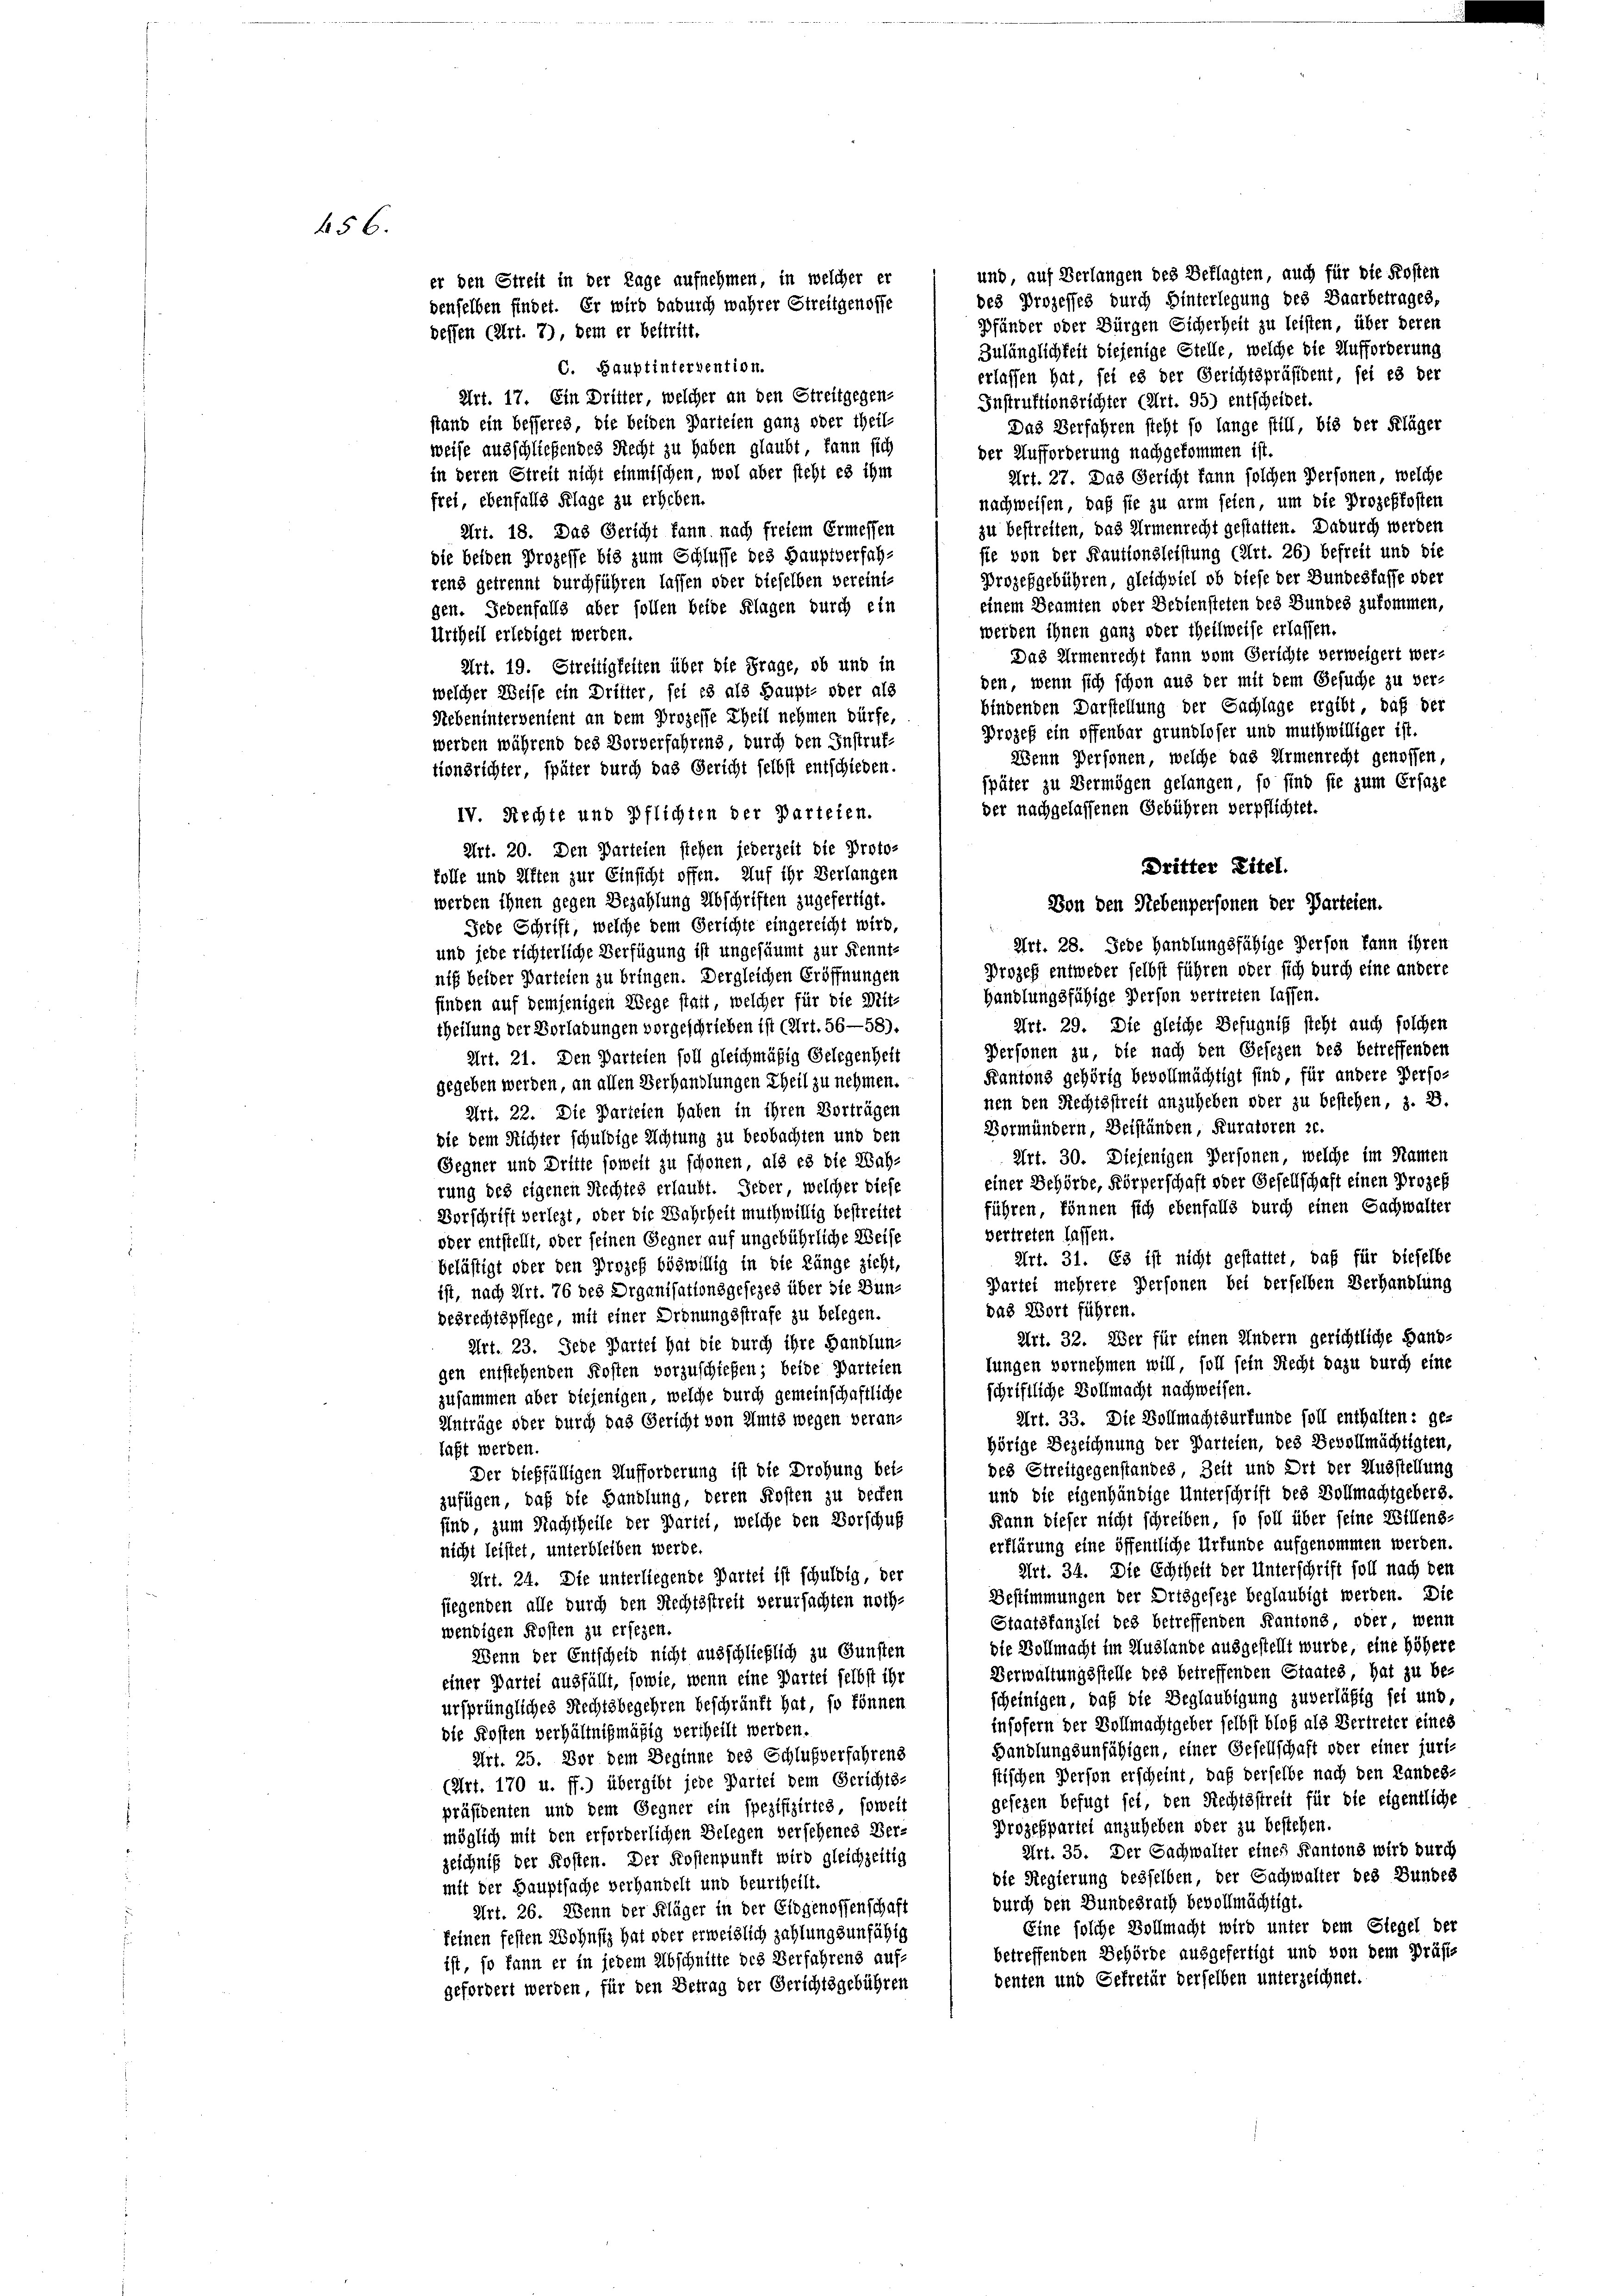
456

und, auf Verlangen des Beklagten, auch für die Kosten
er den Streit in der Tage aufnehmen, in welcher er
des Prozesses durch Hinterlegung des Baarbetrages,
denselben findet. Er wird dadurch wahrer Streitgenosse
Pfänder oder Bürgen Eicherheit zu leisten, über deren
dessen (Art. 7), dem er bestritt.
Zulänglichkeit diejenige Stelle, welche die Aufforderung
C. Hauptintervention.
erlassen hat, sei es der Gerichtspräsident, sei es der
Art. 17. Ein Dritter, welcher an den Streitgegen-
Instruktionsrichter (Art. 95) entscheidet.
stand ein besseres, die beiden Parteien ganz oder theil-
Das Verfahren steht so lange still, bis der Kläger
weise ausschließendes Recht zu haben glaubt, kann sich
der Aufforderung nachgekommen ist.
in deren Streit nicht einmischen, wol aber steht es ihm
Art. 27. Das Gericht kann solchen Personen, welche
frei, ebenfalls Klage zu erheben.
nachweisen, daß sie zu arm seien, um die Prozeßkosten
zu bestreiten, das Armenrecht gestatten. Dadurch werden
Art. 18. Das Gericht kann nach freiem Ermessen
ste von der Kautionsleistung (Art. 26) befreit und die
die beiden Prozesse bis zum Schlusse des Hauptverfah-
Prozesgebühren, gleichviel ob diese der Bundesfasse oder
rens getrennt durchführen lassen oder dieselben vereini-
einem Beamten oder Bediensteten des Bundes zukommen,
gen. Jedenfalls aber sollen beide Klagen durch ein
werden ihnen ganz oder theilweise erlassen.
Urtheil erlediget werden.
Das Armenrecht kann vom Gerichte verweigert wer¬
Art. 19. Streitigkeiten über die Frage, ob und in
den, wenn sich schon aus der mit dem Gesuche zu ver-
welcher Weise ein Dritter sei es als Haupt- oder als
bindenden Darstellung der Sachlage ergibt, daß der
Rebenintervenient an dem Prozesse Theil nehmen dürfe.
Prozeß ein offenbar grundloser und muthwilliger ist.
werden während des Vorverfahrens durch den Instruf-
Wenn Personen, welche das Armenrecht genossen,
tionsrichter, später durch das Gericht selbst entschieden.
später zu Vermögen gelangen, so sind sie zum Erfaze
der nachgelassenen Gebühren verpflichtet.
IV. Rechte und Pflichten der Parteien.
Art. 20. Den Parteien stehen jederzeit die Proto-
Dritter Titel.
kolle und Alften zur Einsicht offen. Auf ihr Verlangen
werden ihnen gegen Bezahlung Abschriften zugefertigt.
Von den Nebenpersonen der Parteien.
Jede Schrift, welche dem Gerichte eingereicht wird.
Art. 28. Jede Handlungsfähige Person kann ihren
und jede richterliche Verfügung ist ungesäumt zur Kennt-
Prozeß entweder selbst führen oder sich durch eine andere
niß beider Parteien zu bringen. Dergleichen Eröffnungen
handlungsfähige Person vertreten lassen.
finden auf demjenigen Wege statt, welcher für die Mit-
Art. 29. Die gleiche Befugniß steht auch solchen
theilung der Verladungen vorgeschrieben ist (Art. 56—58).
Personen zu, die nach den Gesezen des betreffenden
Art. 21. Den Parteien soll gleichmäßig Gelegenheit
Kantons gehörig bevollmächtigt sind für andere Perso-
gegeben werden, an allen Verhandlungen Theil zu nehmen.
nen den Rechtsstreit anzuheben oder zu bestehen, z. B.
Art. 22. Die Parteien haben in ihren Vorträgen
Vormündern, Beiständen, Kuratoren ze.
die dem Richter schuldige Richtung zu beobachten und den
Art. 30. Diejenigen Personen, welche im Namen
Gegner und Dritte soweit zu schonen, als es die Wah-
einer Behörde, Körperschaft oder Gesellschaft einen Prozes
rung des eigenen Rechtes erlaubt. Jeder, welcher diese
führen, können sich ebenfalls durch einen Sachwalter
Vorschrift verlegt, oder die Wahrheit muthwillig bestreitet
vertreten lassen.
oder entstellt, oder seinen Gegner auf ungebührliche Weise
Art. 31. Es ist nicht gestattet, daß für dieselbe
belästigt oder den Prozeß böswillig in die Länge zieht,
Partei mehrere Personen bei derselben Verhandlung
ist, nach Art. 76 des Organisationsgesezes über die Bundas Wort führen.
desrechtspflege, mit einer Ordnungsstrafe zu belegen.
Art. 32. Der für einen Andern gerichtliche Hand-
Art. 23. Jede Partei hat die durch ihre Handlun-
lungen vornehmen will, soll sein Recht dazu durch eine
gen entstehenden Kosten vorzuschiefen; beide Parteien
schriftliche Vollmacht nachweisen.
zusammen aber diejenigen, welche durch gemeinschaftliche
Art. 33. Die Vollmachtsurfunde soll enthalten: ge¬
Anträge oder durch das Gericht von Amts wegen veran-
hörige Bezeichnung der Parteien, des Bevollmächtigten,
laßt werden.
des Streitgegenstandes Zeit und Ort der Ausstellung
Der dießfälligen Aufforderung ist die Drohung bei
und die eigenhändige Unterschrift des Vollmachtgebers.
zufügen, daß die Handlung, deren Kosten zu decken
Kann dieser nicht schreiben, so soll über seine Willens-
sind, zum Nachtheile der Partei, welche den Vorschuß
erklärung eine öffentliche Urfunde aufgenommen werden.
nicht leistet, unterbleiben werde.
Art. 34. Die Echtheit der Unterschrift soll nach den
Art. 24. Die unterliegende Partei ist schuldig, der
Bestimmungen der Ortsgeseze beglaubigt werden. Die
siegenden alle durch den Rechtsstreit verursachten noch-
Staatskanzlei des betreffenden Kantons, oder, wenn
wendigen Kosten zu ersezen.
die Vollmacht im Auslande ausgestellt wurde, eine höhere
Wenn der Entscheid nicht ausschließlich zu Gunsten
Verwaltungsstelle des betreffenden Staates, hat zu be-
einer Partei ausfüllt, sowie, wenn eine Partei selbst ihr
scheinigen, daß die Beglaubigung zuverläßig sei und,
ursprüngliches Rechtsbegehren beschränkt hat, so können
insofern der Vollmachtgeber selbst bloß als Vertreter eines
die Kosten verhältnißmäßig vertheilt werden.
Handlungsunfähigen, einer Gesellschaft oder einer juri
Art. 25. Vor dem Beginne des Schlußverfahrens
stischen Person erscheint, daß derselbe nach den Landes-
(Art. 170 u. ff.) übergibt jede Partei dem Gerichts-
gesezen befugt sei, den Rechtsstreit für die eigentliche
präsidenten und dem Gegner ein spezifizirtes, soweit
Prozespartei anzuheben oder zu bestehen.
möglich mit den erforderlichen Belegen versehenes Ver-
Art. 35. Der Sachwalter eines Kantons wird durch
zeichniß der Kosten. Der Kostenpunft wird gleichzeitig
die Regierung desselben, der Sachwalter des Bundes
mit der Hauptsache verhandelt und beurtheilt.
durch den Bundesrath bevollmächtigt.
Art. 26. Wenn der Kläger in der Eidgenossenschaft
Eine solche Vollmacht wird unter dem Stegel der
keinen festen Wohnsiz hat oder erweislich zahlungsunfähig
betreffenden Behörde ausgefertigt und von dem Präfis
ist, so kann er in jedem Abschnitte des Verfahrens aufdenten und Gefretär derselben unterzeichnet.
gefordert werden, für den Betrag der Gerichtsgebühren